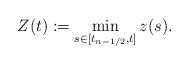
\begin{align*}Z(t):=\min\limits_{s\in[t_{n-1/2},t]}z(s).\end{align*}